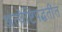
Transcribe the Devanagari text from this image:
अंत्येष्टिपद्धतींत